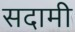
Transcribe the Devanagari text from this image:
सदामी